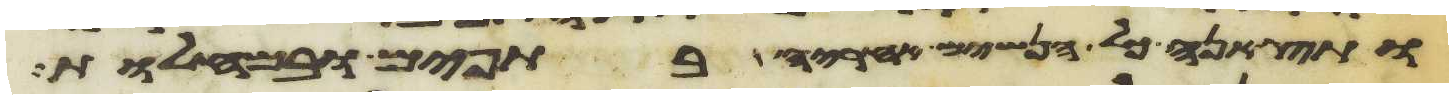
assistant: ותצאנה כל הנשים אחריה בתפים ובמחלות